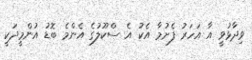
ވިދާޅުވީ އާ އަހަރު ފެށުމާ އެކު އެ ސްކޫލުގެ އެންމެ ބޮޑު އުންމީދަކީ